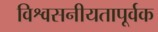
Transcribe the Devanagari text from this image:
विश्वसनीयतापूर्वक